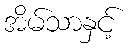
အိမ်သာနှင့်